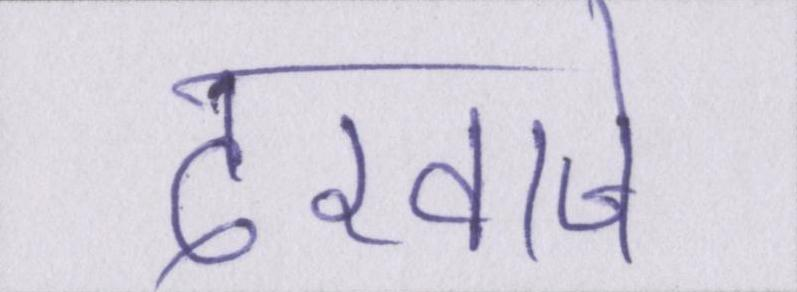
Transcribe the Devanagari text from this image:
दरवाजे